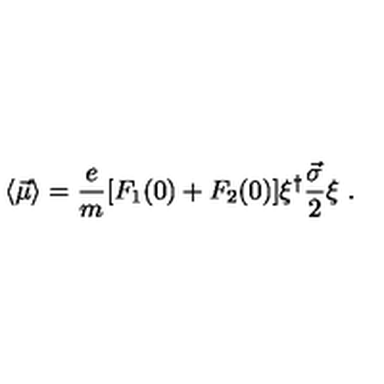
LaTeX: \langle \vec { \mu } \rangle = \frac { e } { m } [ F _ { 1 } ( 0 ) + F _ { 2 } ( 0 ) ] { \xi } ^ { \dagger } \frac { \vec { \sigma } } { 2 } \xi \ .